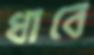
ধাবে